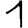
Digit: 1